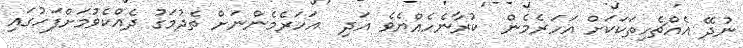
ނުދޭ އެއްޗެހިތަކަކަށް އަހަރެމެން  ކުރާނެހެއްޔެވެެ އަދި  އަހަރެމެންނަށް ތެދުމަގު ދެއްކެވުމަށްފަހުގައި